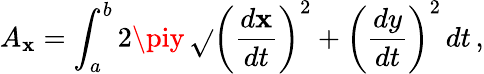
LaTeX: A_{\mathbf{x}}=\int_{a}^{b}2\piy\, {\sqrt{}{{\left({\frac{{d\mathbf{x}}}{{dt}}}\right)^{2}+\left({\frac{{dy}}{{dt}}}\right)^{2}}}}\, dt\, ,